Report on sanitation, dispensaries, and jails in Rajputana for 1919, and on vaccination for the year 1919-1920 - 1919-1920
Year: 1919
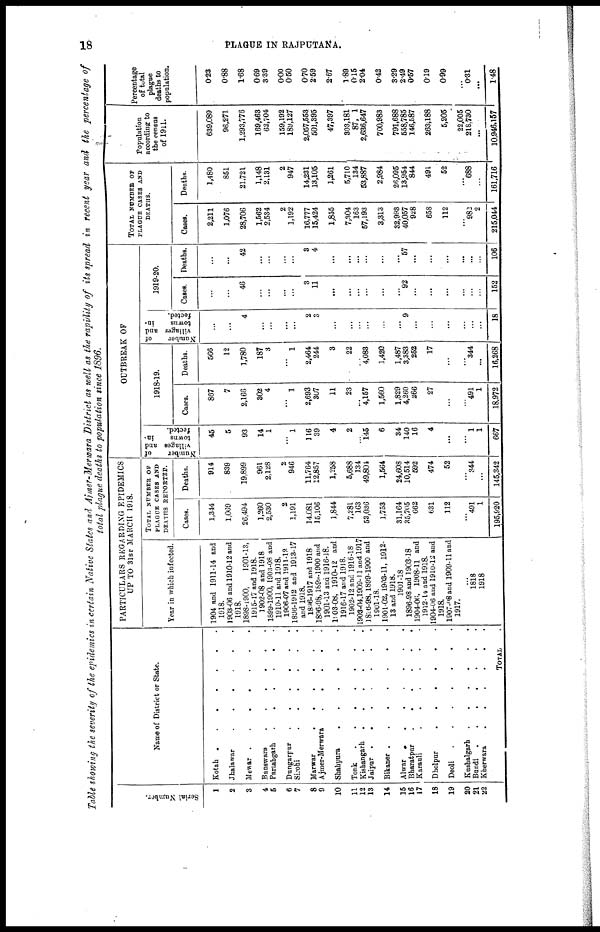
18
PLAGUE IN RAJPUTANA.
Table showing the severity of the epidemics in certain Native States and Ajmer-Merwara District as well as the rapidity of its spread in recent year and the percentage of
total plague deaths to population since 1896.
Serial Number.
1
2
3
4
5
6
7
8
9
10
11
12
13
14
15
16
17
18
19
20
21
22
Name of District or State.
Kotah
.
.
.
.
.
.
.
.
Jhalawar
.
.
.
.
.
.
.
.
Mewar
.
.
.
.
.
.
.
.
Banswara
.
.
.
.
.
.
.
.
Partabgarh
.
.
.
.
.
.
.
.
Dungarpur
.
.
.
.
.
.
.
.
Sirohi
.
.
.
.
.
.
.
.
Marwar
.
.
.
.
.
.
.
.
Ajmer-Merwara . . . . . . . .
Shahpura
.
.
.
.
.
.
.
.
Tonk
.
.
.
.
.
.
.
.
Kishangarh
.
.
.
.
.
.
.
.
Jaipur
.
.
.
.
.
.
.
.
Bikaner
.
.
.
.
.
.
.
.
Alwar
.
.
.
.
.
.
.
.
Bharatpur
.
.
.
.
.
.
.
.
Karauli
.
.
.
.
.
.
.
.
Dholpur . . . . . . . .
Deoli
.
.
.
.
.
.
.
.
Kushalgarh
.
.
.
.
.
.
.
.
Bundi
.
.
.
.
.
.
.
.
Kherwara
.
.
.
.
.
.
.
.
TOTAL .
PARTICULARS REGARDING EPIDEMICS
UP TO 31ST MARCH 1918.
Year in which infected.
1904 and 1911-14 and
1918.
1903-06 and 1910-12 and
1918.
1898-1900,
1901-13,
1915-17 and 1918.
1902-08 and 1918
1899-1900, 1903-08 and
1910-11 and 1918.
1906-07 and 1911-12
1896-1912 and 1913-17
and 1918.
1896-1917 and 1918
1896-98, 1899-1900 and
1901-13 and 1916-18.
1903-08, 1910-12 and
1916-17 and 1918.
1902-12 and 1916-18
1903-04, 1909-11 and 1917
1896-98, 1899-1900 and
1901-18.
1901-02, 1903-11, 1912-
13 and 1918.
1901-18
1896-98 and 1903-18
1904-06, 1908-11 and
1912-14 and 1918.
1904-06 and 1910-12 and
1918.
1907-08 and 1909-11 and
1917.
...
1818
1918
TOTAL NUMBER OF
PLAGUE CASES AND
DEATHS REPORTED.
Cases.
1,344
1,069
26,494
1,260
2,530
2
1,191
14,081
15,106
1,844
7,281
163
53,036
1,753
31,164
35,705
662
631
112
...
491
1
195,920
Deaths.
914
839
19,899
961
2,128
2
946
11,764
12,857
1,258
5,688
134
49,804
1,564
24,608
10,514
592
474
52
...
344
...
145,342
OUTBREAK OF
Number
of
villages and
towns
in-
fected.
45
5
93
14
1
...
1
116
39
4
2
...
145
6
34
140
16
4
...
...
1
1
667
1918-19.
Cases.
867
7
2,166
302
4
...
1
2,693
307
11
23
...
4,157
1,560
1,829
4,260
266
27
...
...
491
1
18,972
Deaths.
566
12
1,780
187
3
...
1
2,464
244
3
22
...
4,083
1,420
1,487
3,383
252
17
...
...
344
...
16,268
Number
of
villages and
towns
in-
fected.
...
...
4
...
...
...
...
2
3
...
...
...
...
...
...
9
...
...
...
...
...
...
18
1919-20.
Cases.
...
...
46
...
...
...
...
3
11
...
...
...
...
...
...
92
...
...
...
...
...
...
152
Deaths.
...
...
42
...
...
...
...
3
4
...
...
...
...
...
...
57
...
...
...
...
...
...
106
TOTAL NUMBER OF
PLAGUE CASES AND
DEATHS.
Cases.
2,211
1,076
28,706
1,562
2,534
2
1,192
16,777
15,424
1,855
7,304
163
57,193
3,313
32,993
40,057
928
658
112
...
982
2
215,044
Deaths.
1,480
851
21,721
1,148
2,131
2
947
14,231
13,105
1,261
5,710
134
53,887
2,984
26,095
13,954
844
491
52
...
688
...
161,716
Population
according to
the census
of 1911.
639,089
96,271
1,293,776
169,463
62,704
159,192
189,127
2,057,553
501,395
47,397
303,181
87,001
2,636,647
700,983
791,688
558,785
146,587
263,188
5,205
22,005
218,730
...
10,946,157
Percentage
of total
plague
deaths to
population.
0.23
0.88
1.68
0.69
3.39
0.00
0.50
0.70
2.59
2.67
1.89
0.15
2.04
0.42
3.29
2.49
0.57
0.19
0.99
...
0.31
...
1.48